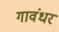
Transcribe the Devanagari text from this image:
गावंधर